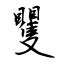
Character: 矍